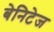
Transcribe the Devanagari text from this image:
बेनिटेज